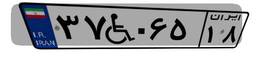
۳۷W۰۶۵۱۸